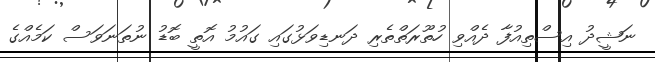
ނަޝީދު އިސްތިއުފާ ދެއްވި ހުތޫރަތްތެރި ދަނޑިވަޅުގައި ގައުމު އޮތީ ބޮޑު ނުތަނަވަސް ކަމެއްގެ